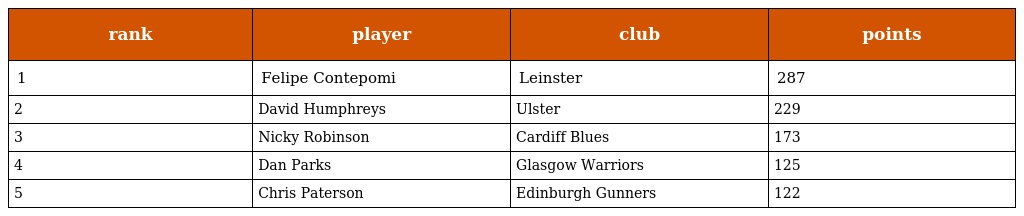
| rank | player | club | points |
 | --- | --- | --- | --- |
 | 1 | Felipe Contepomi | Leinster | 287 |
 | 2 | David Humphreys | Ulster | 229 |
 | 3 | Nicky Robinson | Cardiff Blues | 173 |
 | 4 | Dan Parks | Glasgow Warriors | 125 |
 | 5 | Chris Paterson | Edinburgh Gunners | 122 |